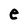
Character: e